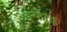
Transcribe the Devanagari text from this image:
इन्फॉर्म